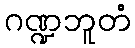
ဂဏ္ဍဘူတံ